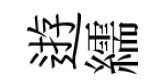
逰繻